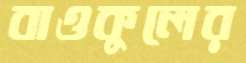
বাওকুলের